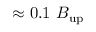
\approx 0 . 1 ~ B _ { \mathrm { u p } }